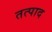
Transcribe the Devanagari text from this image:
तत्पाद